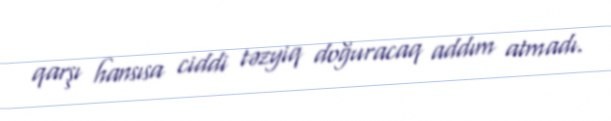
qarşı hansısa ciddi təzyiq doğuracaq addım atmadı.